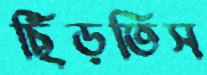
ছিঁড়তিস